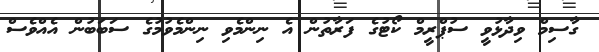
ގާސިމް ވިދާޅުވީ ސުޕްރީމް ކޯޓުގެ ފަރާތުން އެ ނިންމެވި ނިންމެވުމުގެ ސަބަބުން އެއްވެސް